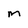
Character: m